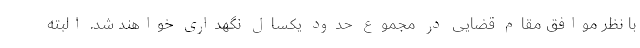
با نظر موافق مقام قضایی در مجموع حدود یکسال نگهداری خواهند شد. البته